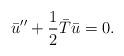
LaTeX: \begin{align*}\bar{u}''+ {1\over 2}\bar{T} \bar{u}=0.\end{align*}